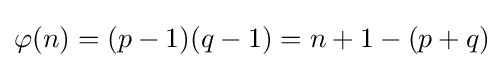
\varphi (n)=(p-1)(q-1)=n+1-(p+q)